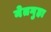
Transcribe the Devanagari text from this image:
नेतगुहा